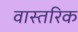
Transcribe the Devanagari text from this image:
वास्तरिक